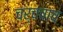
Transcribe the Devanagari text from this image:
चर्चचाच